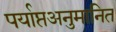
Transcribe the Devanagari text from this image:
पर्याप्तअनुमानित